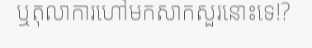
ឬតុលាការហៅមកសាកសួរនោះទេ!?